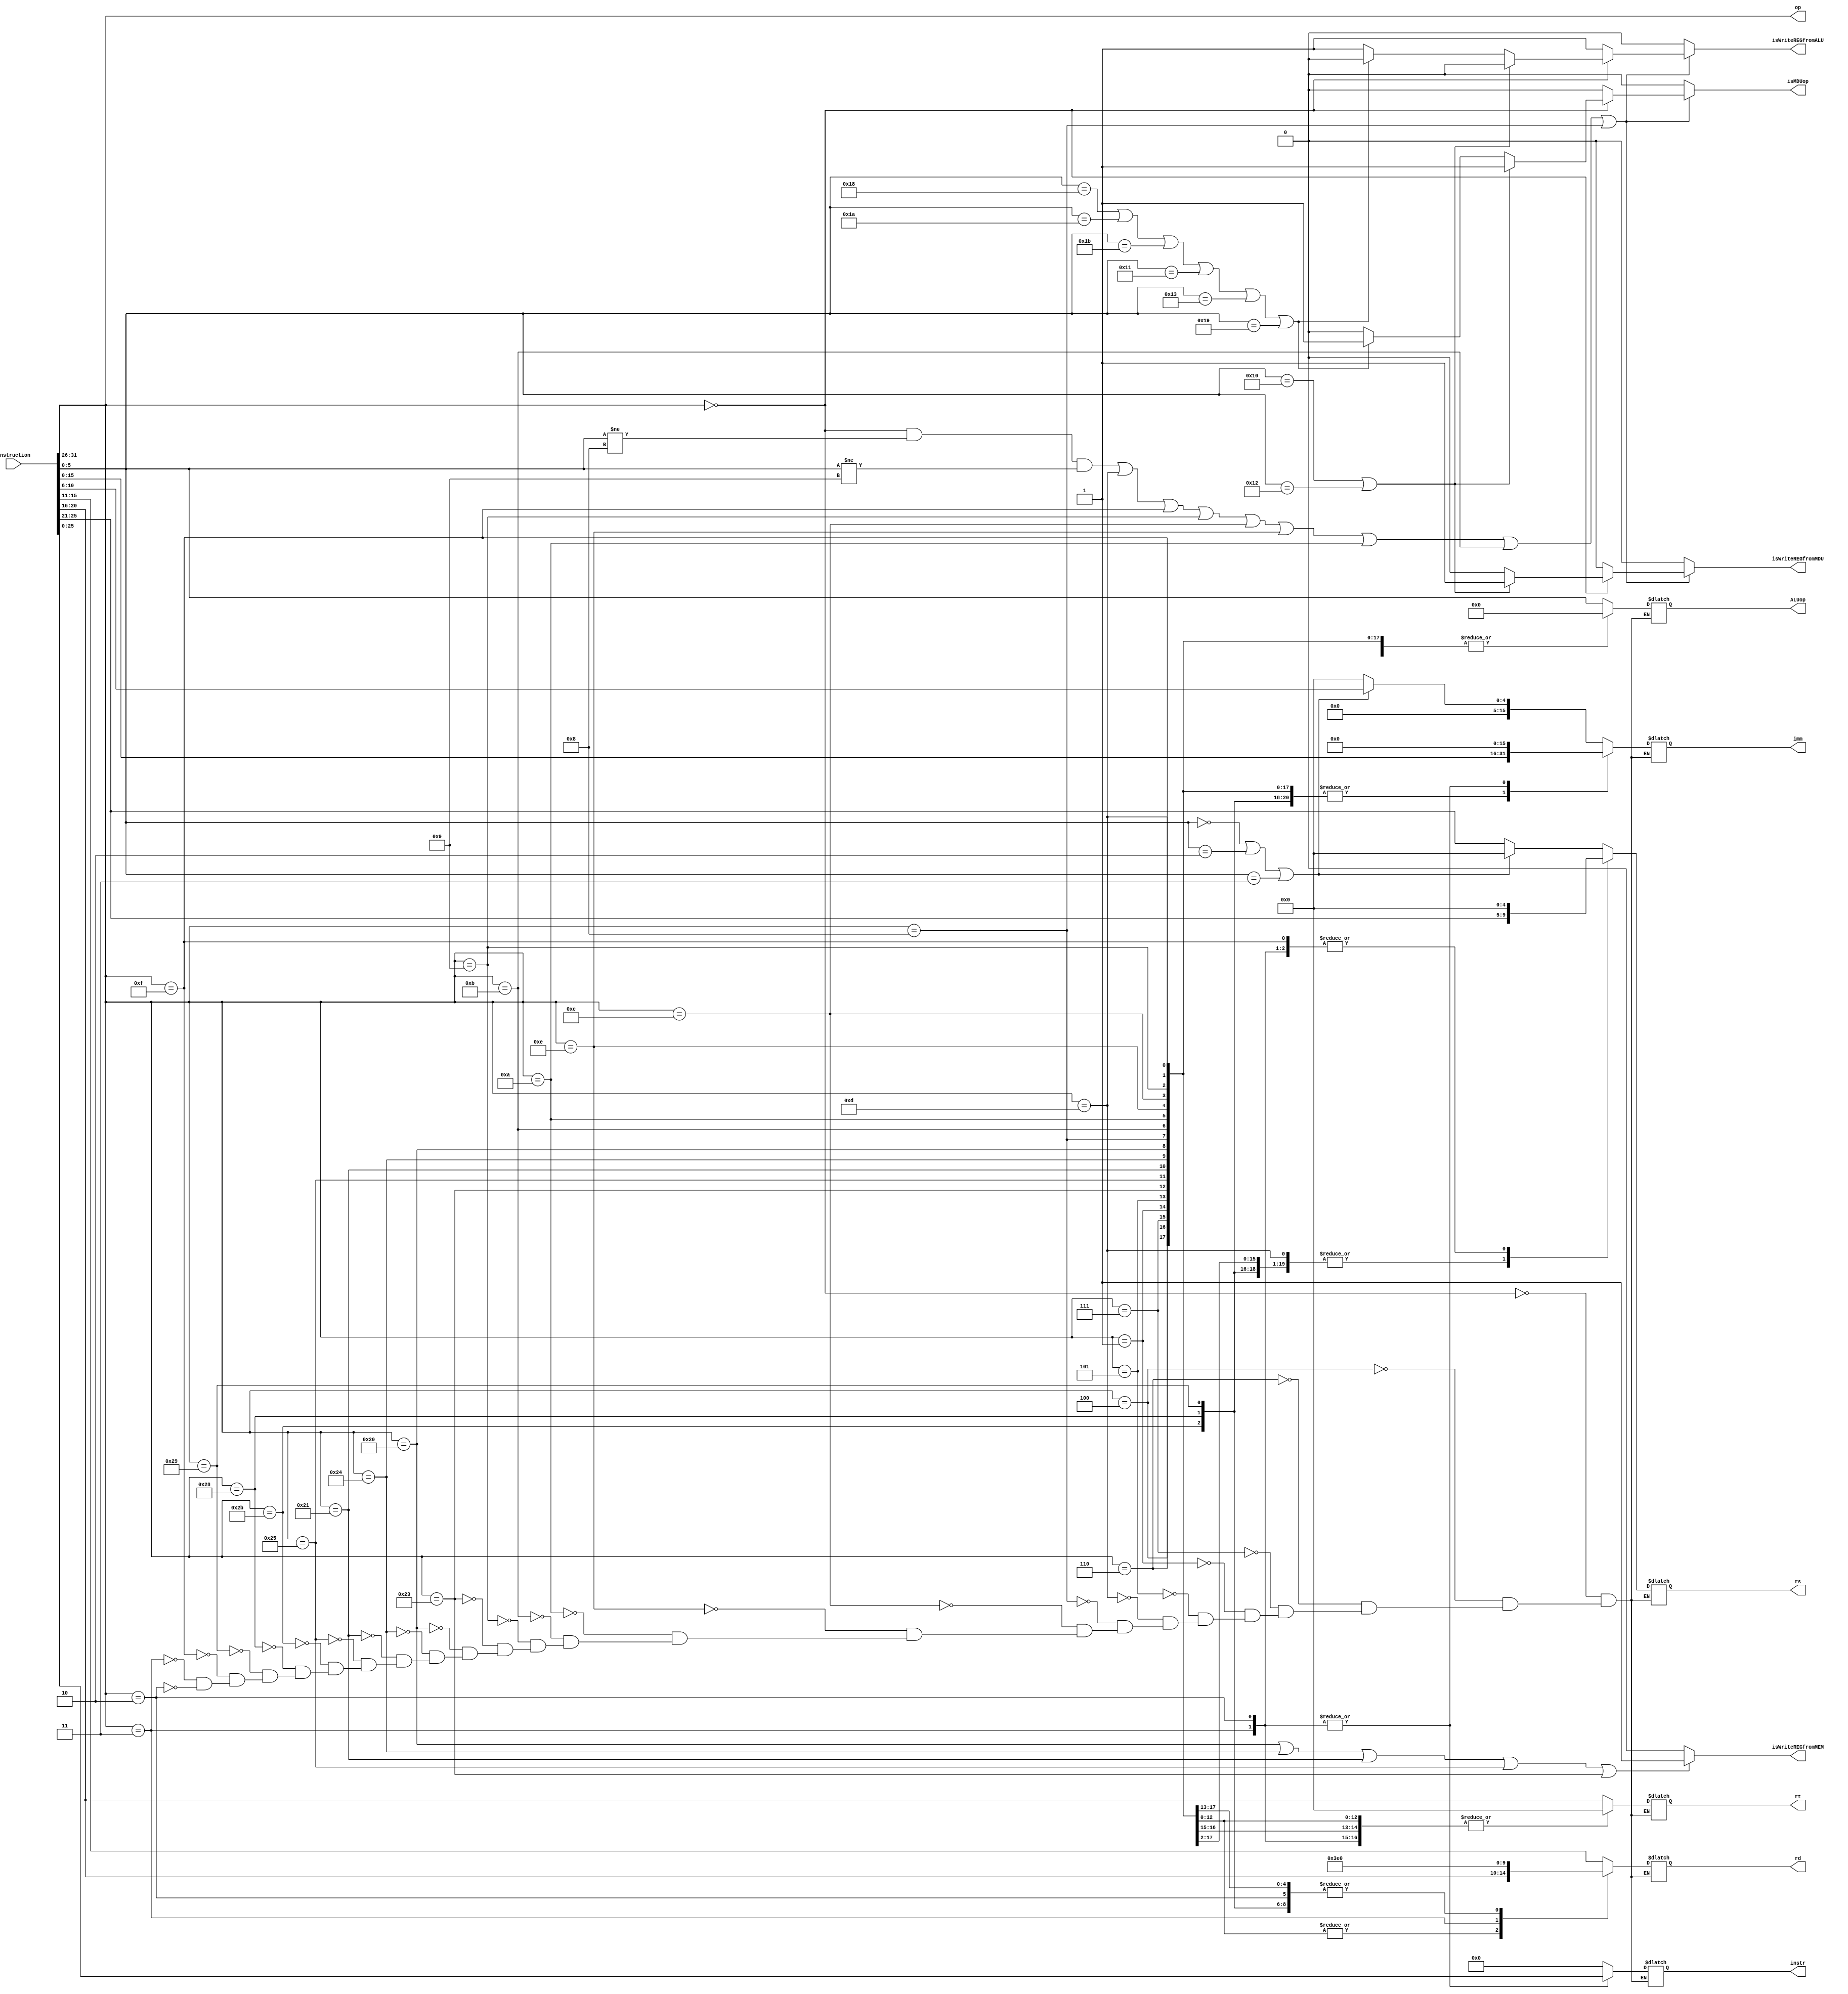
module ControllerUnit(
    input[31:0] Instruction,
    output[5:0] op,
    output[4:0] rs,
    output[4:0] rt,
    output[4:0] rd,
    output[5:0] ALUop,
    output[15:0] imm,
    output[25:0] instr,
    output isWriteREGfromALU,
    output isWriteREGfromMEM,
    output isWriteREGfromMDU,
    output isMDUop
    );
    
    reg[4:0] rs, rt, rd;
    reg[5:0] ALUop;
    reg[15:0] imm;
    reg[25:0] instr;
    reg isWriteREGfromALU;
    reg isWriteREGfromMEM;
    reg isWriteREGfromMDU;
    reg isMDUop;
    
    wire[5:0] op;
    assign op = Instruction[31:26];
    
    always @(*) begin
        case (op)
            6'b000000 : begin // ADDU & SUBU & ADD & SUB & AND & OR & XOR & SLT & SLTU & SLLV & SRLV & SRAV & JR & JALR
                if (Instruction[5:0] == 6'b000000 || // SLL
                    Instruction[5:0] == 6'b000010 || // SRL  
                    Instruction[5:0] == 6'b000011) begin // SRA
                    rt <= Instruction[20:16];
                    rd <= Instruction[15:11];
                    imm <= {{(11){0}}, Instruction[10:6]};
                    ALUop <= Instruction[5:0];
                    rs <= 0;
                    instr <= 0;
                end
                else begin
                    rs <= Instruction[25:21];
                    rt <= Instruction[20:16];
                    rd <= Instruction[15:11];
                    ALUop <= Instruction[5:0];
                    imm <= 0;
                    instr <= 0;
                end
            end
            6'b000100 : begin // BEQ
                rs <= Instruction[25:21];
                rt <= Instruction[20:16];
                imm <= Instruction[15:0];
                rd <= 0;
                ALUop <= 0;
                instr <= 0;
            end
            6'b000110 : begin // BLEZ
                rs <= Instruction[25:21];
                imm <= Instruction[15:0];
                rt <= 0;
                rd <= 0;
                ALUop <= 0;
                instr <= 0;
            end
            6'b000111 : begin // BGTZ
                rs <= Instruction[25:21];
                imm <= Instruction[15:0];
                rt <= 0;
                rd <= 0;
                ALUop <= 0;
                instr <= 0;
            end
            6'b000001 : begin // BLTZ, BGEZ
                rs <= Instruction[25:21];
                rt <= Instruction[20:16];
                imm <= Instruction[15:0];
                rd <= 0;
                ALUop <= 0;
                instr <= 0;
            end
            6'b000101 : begin // BNE
                rs <= Instruction[25:21];
                rt <= Instruction[20:16];
                imm <= Instruction[15:0];
                rd <= 0;
                ALUop <= 0;
                instr <= 0;
            end
            6'b001101 : begin // ORI
                rs <= Instruction[25:21];
                rd <= Instruction[20:16];
                imm <= Instruction[15:0];
                rt <= 0;
                ALUop <= 0;
                instr <= 0;
            end
            6'b001000 : begin // ADDI
                rs <= Instruction[25:21];
                rd <= Instruction[20:16];
                imm <= Instruction[15:0];
                rt <= 0;
                ALUop <= 0;
                instr <= 0;
            end
            6'b001100 : begin // ANDI
                rs <= Instruction[25:21];
                rd <= Instruction[20:16];
                imm <= Instruction[15:0];
                rt <= 0;
                ALUop <= 0;
                instr <= 0;
            end
            6'b001110 : begin // XORI
                rs <= Instruction[25:21];
                rd <= Instruction[20:16];
                imm <= Instruction[15:0];
                rt <= 0;
                ALUop <= 0;
                instr <= 0;
            end
            6'b001010 : begin // SLTI
                rs <= Instruction[25:21];
                rd <= Instruction[20:16];
                imm <= Instruction[15:0];
                rt <= 0;
                ALUop <= 0;
                instr <= 0;
            end
            6'b001011 : begin // SLTIU
                rs <= Instruction[25:21];
                rd <= Instruction[20:16];
                imm <= Instruction[15:0];
                rt <= 0;
                ALUop <= 0;
                instr <= 0;
            end
            6'b001001 : begin // ADDIU
                rs <= Instruction[25:21];
                rd <= Instruction[20:16];
                imm <= Instruction[15:0];
                rt <= 0;
                ALUop <= 0;
                instr <= 0;
            end
            6'b100011 : begin // LW
                rs <= Instruction[25:21];
                rd <= Instruction[20:16];
                imm <= Instruction[15:0];
                rt <= 0;
                ALUop <= 0;
                instr <= 0;
            end
            6'b100000 : begin // LB
                rs <= Instruction[25:21];
                rd <= Instruction[20:16];
                imm <= Instruction[15:0];
                rt <= 0;
                ALUop <= 0;
                instr <= 0;
            end
            6'b100100 : begin // LBU
                rs <= Instruction[25:21];
                rd <= Instruction[20:16];
                imm <= Instruction[15:0];
                rt <= 0;
                ALUop <= 0;
                instr <= 0;
            end
            6'b100001 : begin // LH
                rs <= Instruction[25:21];
                rd <= Instruction[20:16];
                imm <= Instruction[15:0];
                rt <= 0;
                ALUop <= 0;
                instr <= 0;
            end
            6'b100101 : begin // LHU
                rs <= Instruction[25:21];
                rd <= Instruction[20:16];
                imm <= Instruction[15:0];
                rt <= 0;
                ALUop <= 0;
                instr <= 0;
            end
            6'b101011 : begin // SW
                rs <= Instruction[25:21];
                rt <= Instruction[20:16];
                imm <= Instruction[15:0];
                rd <= 0;
                ALUop <= 0;
                instr <= 0;
            end
            6'b101000 : begin // SB
                rs <= Instruction[25:21];
                rt <= Instruction[20:16];
                imm <= Instruction[15:0];
                rd <= 0;
                ALUop <= 0;
                instr <= 0;
            end
            6'b101001 : begin // SH
                rs <= Instruction[25:21];
                rt <= Instruction[20:16];
                imm <= Instruction[15:0];
                rd <= 0;
                ALUop <= 0;
                instr <= 0;
            end
            6'b001111 : begin // LUI
                rd <= Instruction[20:16];
                imm <= Instruction[15:0];
                rs <= 0;
                rt <= 0;
                ALUop <= 0;
                instr <= 0;
            end
            6'b000011 : begin // JAL
                rd <= 31;
                instr <= Instruction[25:0];   
                rs <= 0;
                rt <= 0;
                ALUop <= 0;
                imm <= 0; 
            end
            6'b000010 : begin // J
                instr <= Instruction[25:0];  
                rs <= 0;
                rt <= 0;
                rd <= 0;
                ALUop <= 0;
                imm <= 0;      
            end
        endcase
    end
    
    always @(*) begin
        if ((op == 6'b000000 && Instruction[5:0] !=  6'b001000 && Instruction[5:0] != 6'b001001) || // ADDU, SUBU, ADD, SUB, AND, OR, XOR, NOR, SLT, SLTU, SLLV, SRLV, SRAV, SLL, SRL, SRA, MDUop
            (op == 6'b001101) || // ORI
            (op == 6'b001111) || // LUI
            (op == 6'b001001) || // ADDIU
            (op == 6'b001100) || // ANDI
            (op == 6'b001110) || // XORI
            (op == 6'b001010) || // SLTI
            (op == 6'b001011) || // SLTIU
            (op == 6'b001000)) begin // ADDI
            if (op == 6'b000000) begin
                if (Instruction[5:0] == 6'b010000 || // MFHI
                    Instruction[5:0] == 6'b010010) begin // MFLO
                    isWriteREGfromALU <= 0;
                    isWriteREGfromMDU <= 1;
                    isMDUop <= 1;
                end
                else if (Instruction[5:0] == 6'b011000 || // MULT
                         Instruction[5:0] == 6'b011010 || // DIV 
                         Instruction[5:0] == 6'b011011 || // DIVU
                         Instruction[5:0] == 6'b010001 || // MTHI
                         Instruction[5:0] == 6'b010011 || // MTLO
                         Instruction[5:0] == 6'b011001) begin // MULTU
                    isWriteREGfromALU <= 0;
                    isWriteREGfromMDU <= 0;
                    isMDUop <= 1;
                end
                else begin
                    isWriteREGfromALU <= 1;
                    isWriteREGfromMDU <= 0;
                    isMDUop <= 0;
                end    
            end
            else begin
                isWriteREGfromALU <= 1;
                isWriteREGfromMDU <= 0;
                isMDUop <= 0;
            end
        end
        else begin
            isWriteREGfromALU <= 0;
            isWriteREGfromMDU <= 0;
            isMDUop <= 0;
        end
        
        if (op == 6'b100000 || // LB
            op == 6'b100100 || // LBU
            op == 6'b100001 || // LH
            op == 6'b100101 || // LHU
            op == 6'b100011) begin // LW
            isWriteREGfromMEM <= 1;
        end
        else begin
            isWriteREGfromMEM <= 0;
        end
    end
endmodule